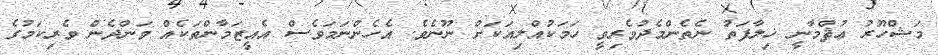
މަޝްހޫރު ޢުޘްމާނީ ޚިލާފަތު ނެތެންމެދުވެރިވީ ހަމަކުއްލިއަކަށް ނޫނެވެ. އެހެންނަމަވެސް އެއީޒަމާންތަކެއް ވަންދެން ވެރިކަމުގެ